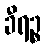
ခီရဉ္စ